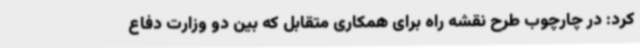
کرد: در چارچوب طرح نقشه راه برای همکاری متقابل که بین دو وزارت دفاع